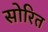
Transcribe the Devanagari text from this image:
सोरित